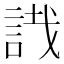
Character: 𧧟